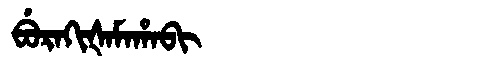
Manchu: ᠪᡠᡵᠠᡴᡳᡧᠠᠮᠠᡥᠠᠪᡳ
Romanization: BURAKIŠAMAHABI